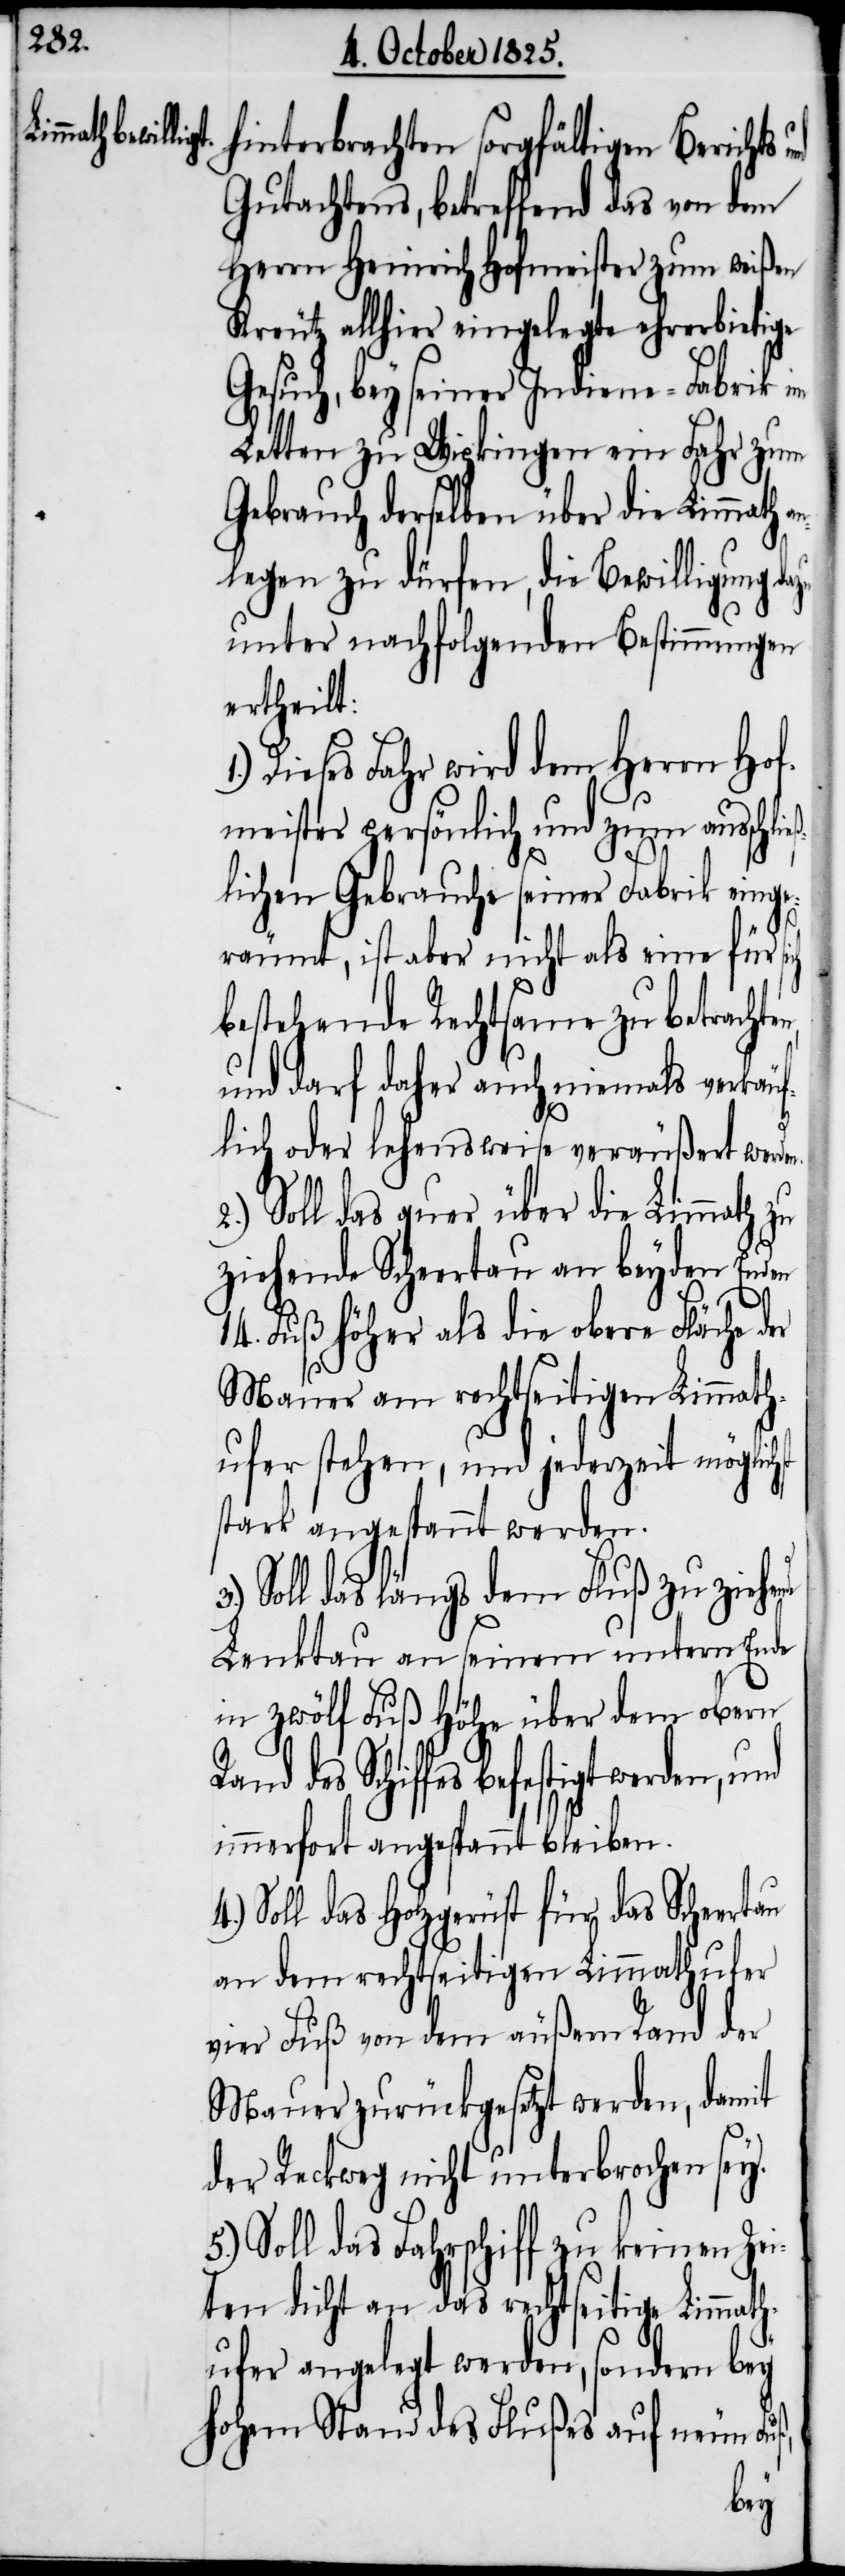
hinterbrachten sorgfältigen Berichts
Gutachtens, betreffend das von dem
Herrn Heinrich Hofmeister zum weißen
Kreutz allhier eingelegte ehrerbietige
Gesuch, bey seiner Indiene-Fabrik im
Letten zu Wipkingen ein Fahr zum
Gebrauch derselben über die Limmath a¬
nlegen zu dürfen, die Bewilligung
unter nachfolgenden Bestimmungen
ertheilt:
Dieses Fahr wird dem Herrn Hof¬
meister persönlich und zum ausschli¬
lichen Gebrauche seiner Fabrik einge¬
räumt, ist aber nicht als eine für
bestehende Rechtsame zu betrachte¬
und darf daher auch niemals verkäuf¬
lich oder lehensweise veräußert werden.
2.) Soll das quer über die Limmath zu
zielende Scheertau an beyden Enden
14. Fuß höher als die obere Fläche der
nde
Mauer am rechtseitigen Limmath¬
ufer stehen, und jederzeit möglich¬
stark angespannt werden.
Soll das längs dem Fluß zu ziehe¬
Lenktau an seinem unterm Ende
in zwölf Fuß Höhe über dem obern
des Schiffes befestigt werden, und
immerfort angespannt bleiben.
Soll das Holzgerüst für das Scheertau
an dem rechtseitigen Limmathufer
vier Fuß von dem äußern Rand der
Mauer zurückgesetzt werden, damit
der Reckweg nicht unterbrochen sey.
Soll das Fahrschiff zu keinen Zei¬
ten dicht an das rechtseitige Limmath¬
ufer angelegt werden, sondern bey
hohem Stand des Flußes auf neun Fuß,
eß¬